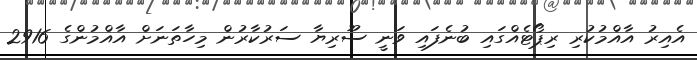
އެއިރު އާއްމުކުރި ރިޕޯޓެއްގައި ބުނެފައި ވަނީ ސޫރިޔާ ސަރުކާރުން މިހާތަނަށް އާއްމުންގެ 2916